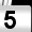
Digit: 5